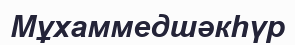
Мұхаммедшәкһүр